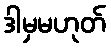
ဒါမှမဟုတ်